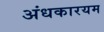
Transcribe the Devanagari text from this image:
अंधकारयम